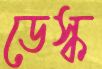
ডেস্ক